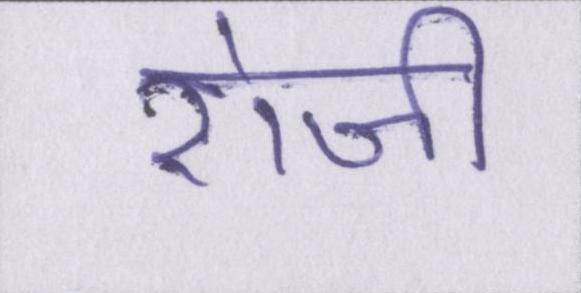
रोजी